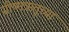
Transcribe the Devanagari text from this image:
ग्रीष्मऋतूच्या